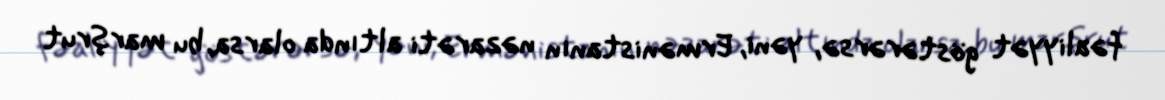
fəaliyyət göstərərsə, yəni, Ermənistanın nəzarəti altında olarsa, bu marşrut